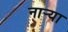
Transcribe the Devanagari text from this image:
नार्‍या